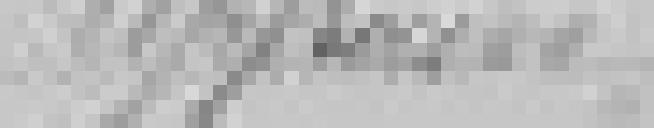
approuvé